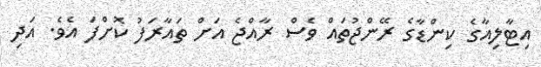
އިޓާލިއާގެ ކިންޑާގެ ރޭންޖުތައް ވެސް ރާއްޖެ އަށް ތައާރަފު ކޮށްފަ އެވެ. އަދި